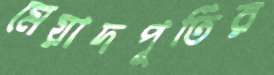
মেয়াদপূর্তির